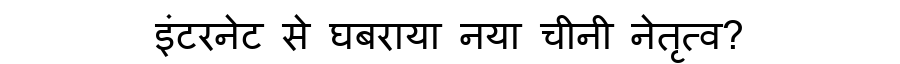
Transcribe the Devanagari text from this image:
इंटरनेट से घबराया नया चीनी नेतृत्व?